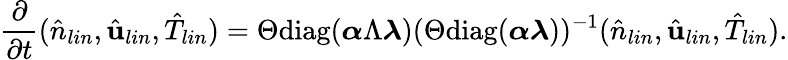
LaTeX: \frac{\partial}{\partial t}(\hat{n}_{lin},\hat{\mathbf{u}}_{lin},\hat{T}_{lin})=\Theta\mathrm{diag}(\boldsymbol{\alpha}\Lambda\boldsymbol{\lambda})(\Theta\mathrm{diag}(\boldsymbol{\alpha}\boldsymbol{\lambda}))^{-1}(\hat{n}_{lin},\hat{\mathbf{u}}_{lin},\hat{T}_{lin}).